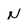
Character: N